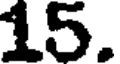
15.